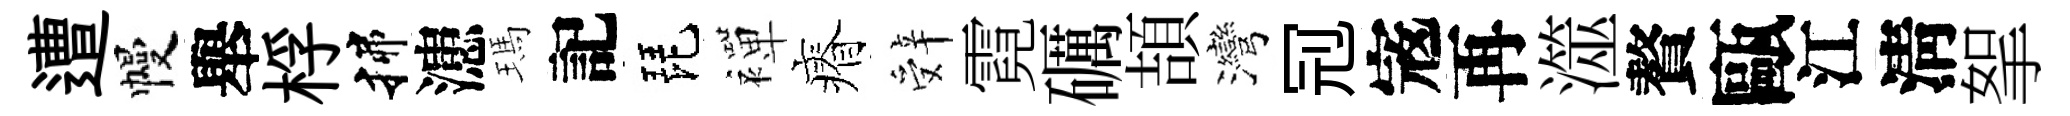
遭幔舉桴揲漶瑪記琵襌瘠辤霓礪頡灣𠜍𡨥再澨贅甌江淸挐